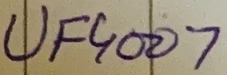
Text: UF4007